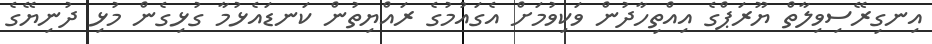
އިނގިރޭސިވިލާތް ޔޫރަޕްގެ އިއްތިހާދުން ވަކިވުމަށް އެގައުމުގެ ރައްޔިތުން ކަނޑައެޅުމާ ގުޅިގެން މުޅި ދުނިޔޭގެ